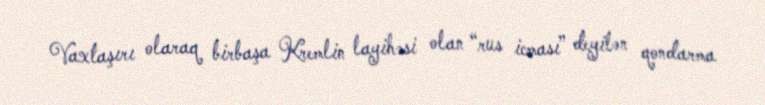
Vaxtaşırı olaraq birbaşa Kremlin layihəsi olan “rus icması” deyilən qondarma